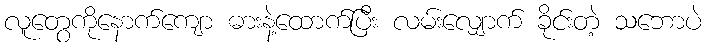
လူတွေကိုနောက်ကျော ဓားနဲ့ထောက်ပြီး လမ်းလျှောက် ခိုင်းတဲ့ သဘောပဲ